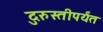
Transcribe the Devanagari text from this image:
दुरुस्तीपर्यंत